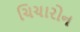
ચિચારોન